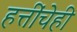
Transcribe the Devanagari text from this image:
हत्तींचेही